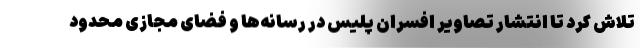
تلاش کرد تا انتشار تصاویر افسران پلیس در رسانه‌ها و فضای مجازی محدود